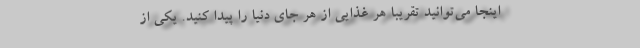
اینجا می‌توانید تقریبا هر غذایی از هر جای دنیا را پیدا کنید. یکی از